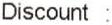
DISCOUNT :